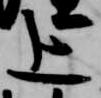
上